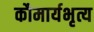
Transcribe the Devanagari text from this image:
कौमार्यभृत्य